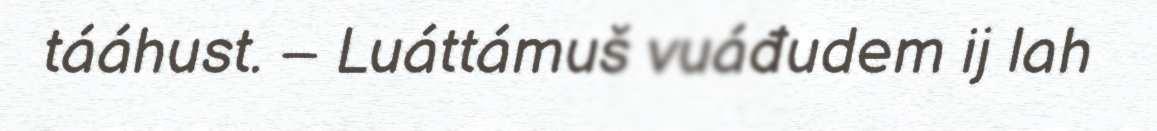
tááhust. – Luáttámuš vuáđudem ij lah